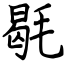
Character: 毼